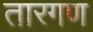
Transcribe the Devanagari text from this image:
तारगण